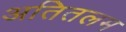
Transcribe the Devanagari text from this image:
अतितलम